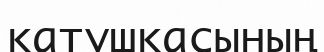
катушкасының